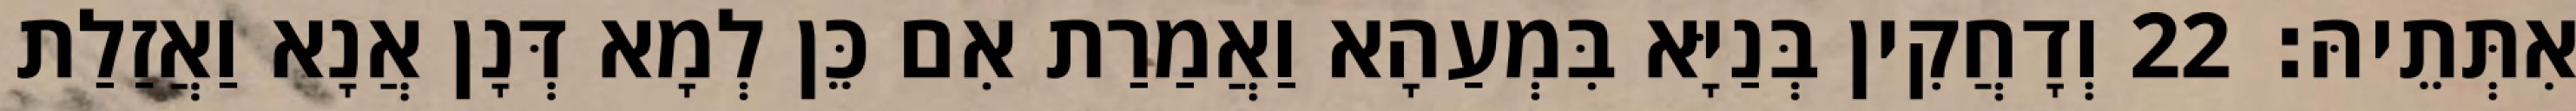
אִתְּתֵיהּ׃ 22 וְדָחֲקִין בְּנַיָּא בִּמְעַהָא וַאֲמַרַת אִם כֵּן לְמָא דְּנָן אֲנָא וַאֲזַלַת